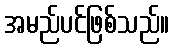
အမည်ပင်ဖြစ်သည်။